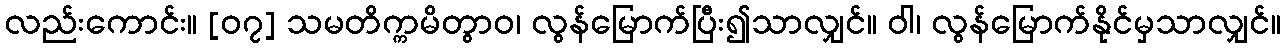
လည်းကောင်း။ [၀၇] သမတိက္ကမိတွာဝ၊ လွန်မြောက်ပြီး၍သာလျှင်။ ဝါ၊ လွန်မြောက်နိုင်မှသာလျှင်။